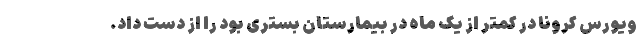
ویورس کرونا در کمتر از یک ماه در بیمارستان بستری بود را از دست داد.